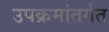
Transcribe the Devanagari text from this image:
उपक्रमांतर्गत